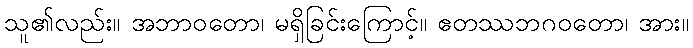
သူ၏လည်း။ အဘာဝတော၊ မရှိခြင်းကြောင့်။ ဧတဿဘဂဝတော၊ အား။